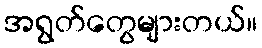
အရွတ်တွေများတယ်။